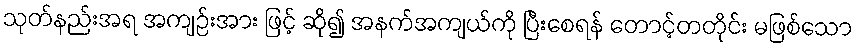
သုတ်နည်းအရ အကျဉ်းအား ဖြင့် ဆို၍ အနက်အကျယ်ကို ပြီးစေရန် တောင့်တတိုင်း မဖြစ်သော